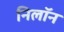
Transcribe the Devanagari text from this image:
निलॉन